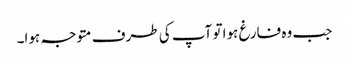
جب وہ فارغ ہوا تو آپ کی طرف متوجہ ہوا۔